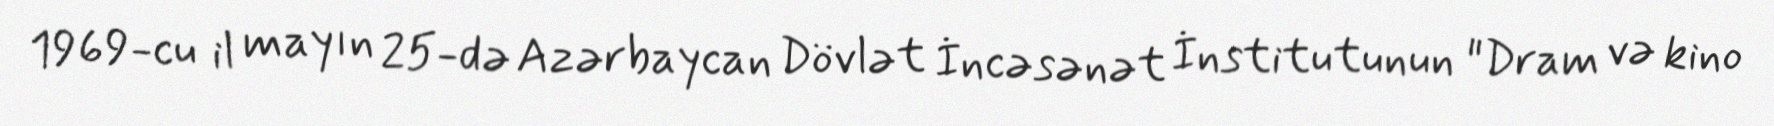
1969-cu il mayın 25-də Azərbaycan Dövlət İncəsənət İnstitutunun "Dram və kino